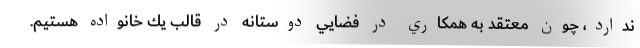
ندارد، چون معتقد به همكاري در فضايي دوستانه در قالب يك خانواده هستيم.